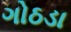
ગોઠડા